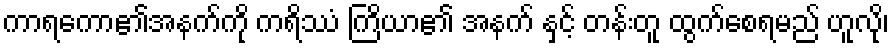
ကာရကော၏အနက်ကို ကရိဿံ ကြိယာ၏ အနက် နှင့် တန်းတူ ထွက်စေရမည် ဟူလို၊